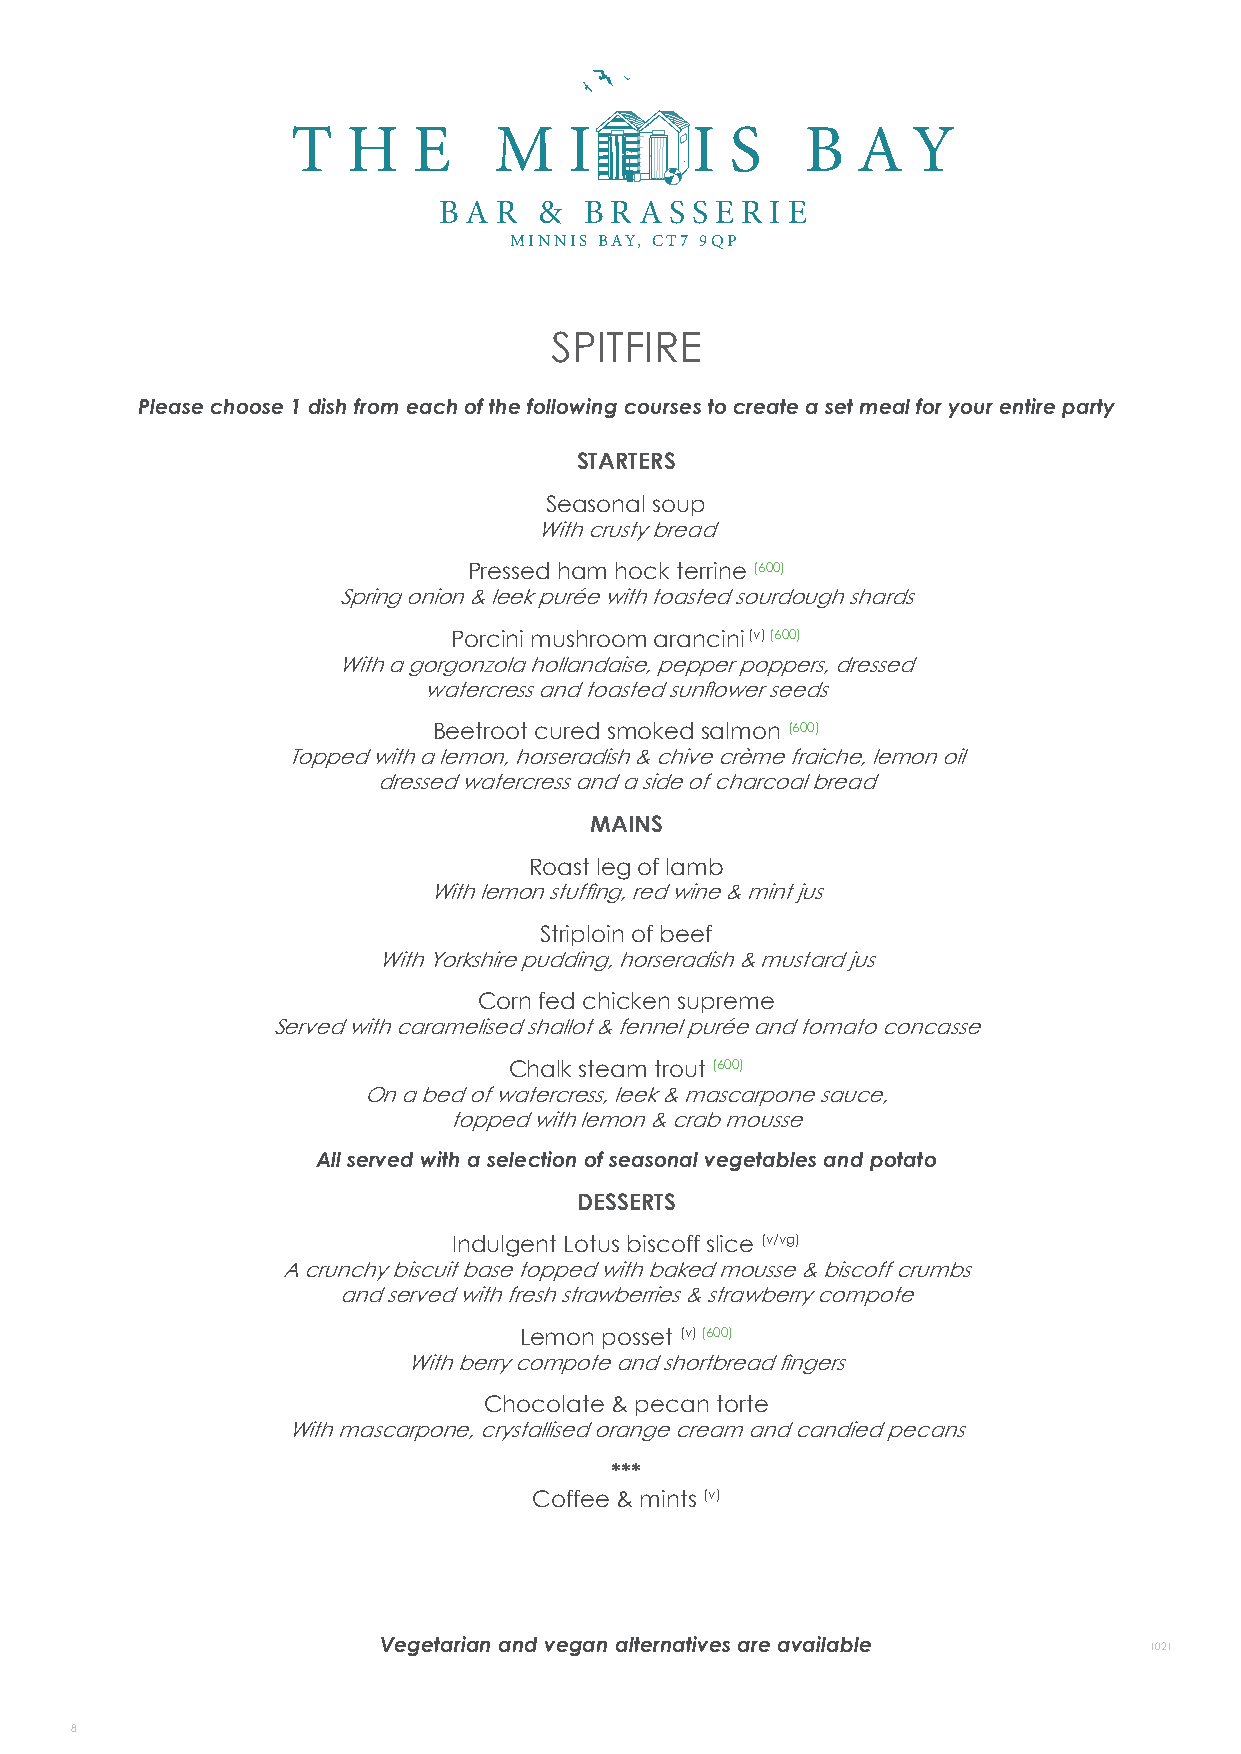
T   HE        M    I       I S    B   A  Y
 B A R  &  B R A S S E R IE
 MINNIS BAY, CT7 9QP
 SPITFIRE
 Please choose 1 dish from each of the following courses to create a set meal for your entire party
 STARTERS
 Seasonal soup
 With crusty bread
 Pressed ham hock terrine (600)
 Spring onion & leek purée with toasted sourdough shards
 Porcini mushroom arancini (v) (600)
 With a gorgonzola hollandaise, pepper poppers, dressed
 watercress and toasted sunflower seeds
 Beetroot cured smoked salmon (600)
 Topped with a lemon, horseradish & chive crème fraiche, lemon oil
 dressed watercress and a side of charcoal bread
 MAINS
 Roast leg of lamb
 With lemon stuffing, red wine & mint jus
 Striploin of beef
 With Yorkshire pudding, horseradish & mustard jus
 Corn fed chicken supreme
 Served with caramelised shallot & fennel purée and tomato concasse
 Chalk steam trout (600)
 On a bed of watercress, leek & mascarpone sauce,
 topped with lemon & crab mousse
 All served with a selection of seasonal vegetables and potato
 DESSERTS
 Indulgent Lotus biscoff slice (v/vg)
 A crunchy biscuit base topped with baked mousse & biscoff crumbs
 and served with fresh strawberries & strawberry compote
 Lemon posset (v) (600)
 With berry compote and shortbread fingers
 Chocolate & pecan torte
 With mascarpone, crystallised orange cream and candied pecans
 ***
 Coffee & mints (v)
 PER HEAD
 Vegetarian and vegan alternatives are available    1021
 8